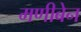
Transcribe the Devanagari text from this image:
मणीबेन